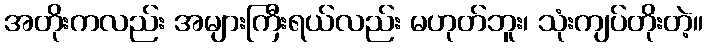
အတိုးကလည်း အများကြီးရယ်လည်း မဟုတ်ဘူး၊ သုံးကျပ်တိုးတဲ့။